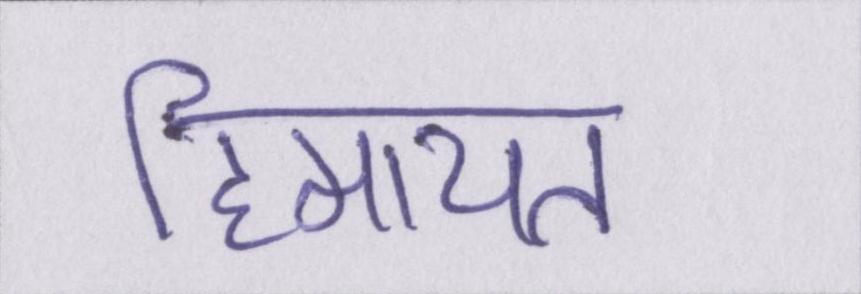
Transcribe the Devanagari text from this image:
हिमायत